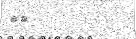
٨٣